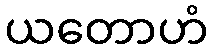
ယတောဟံ